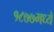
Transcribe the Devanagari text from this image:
१८७७मध्ये